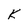
Character: K